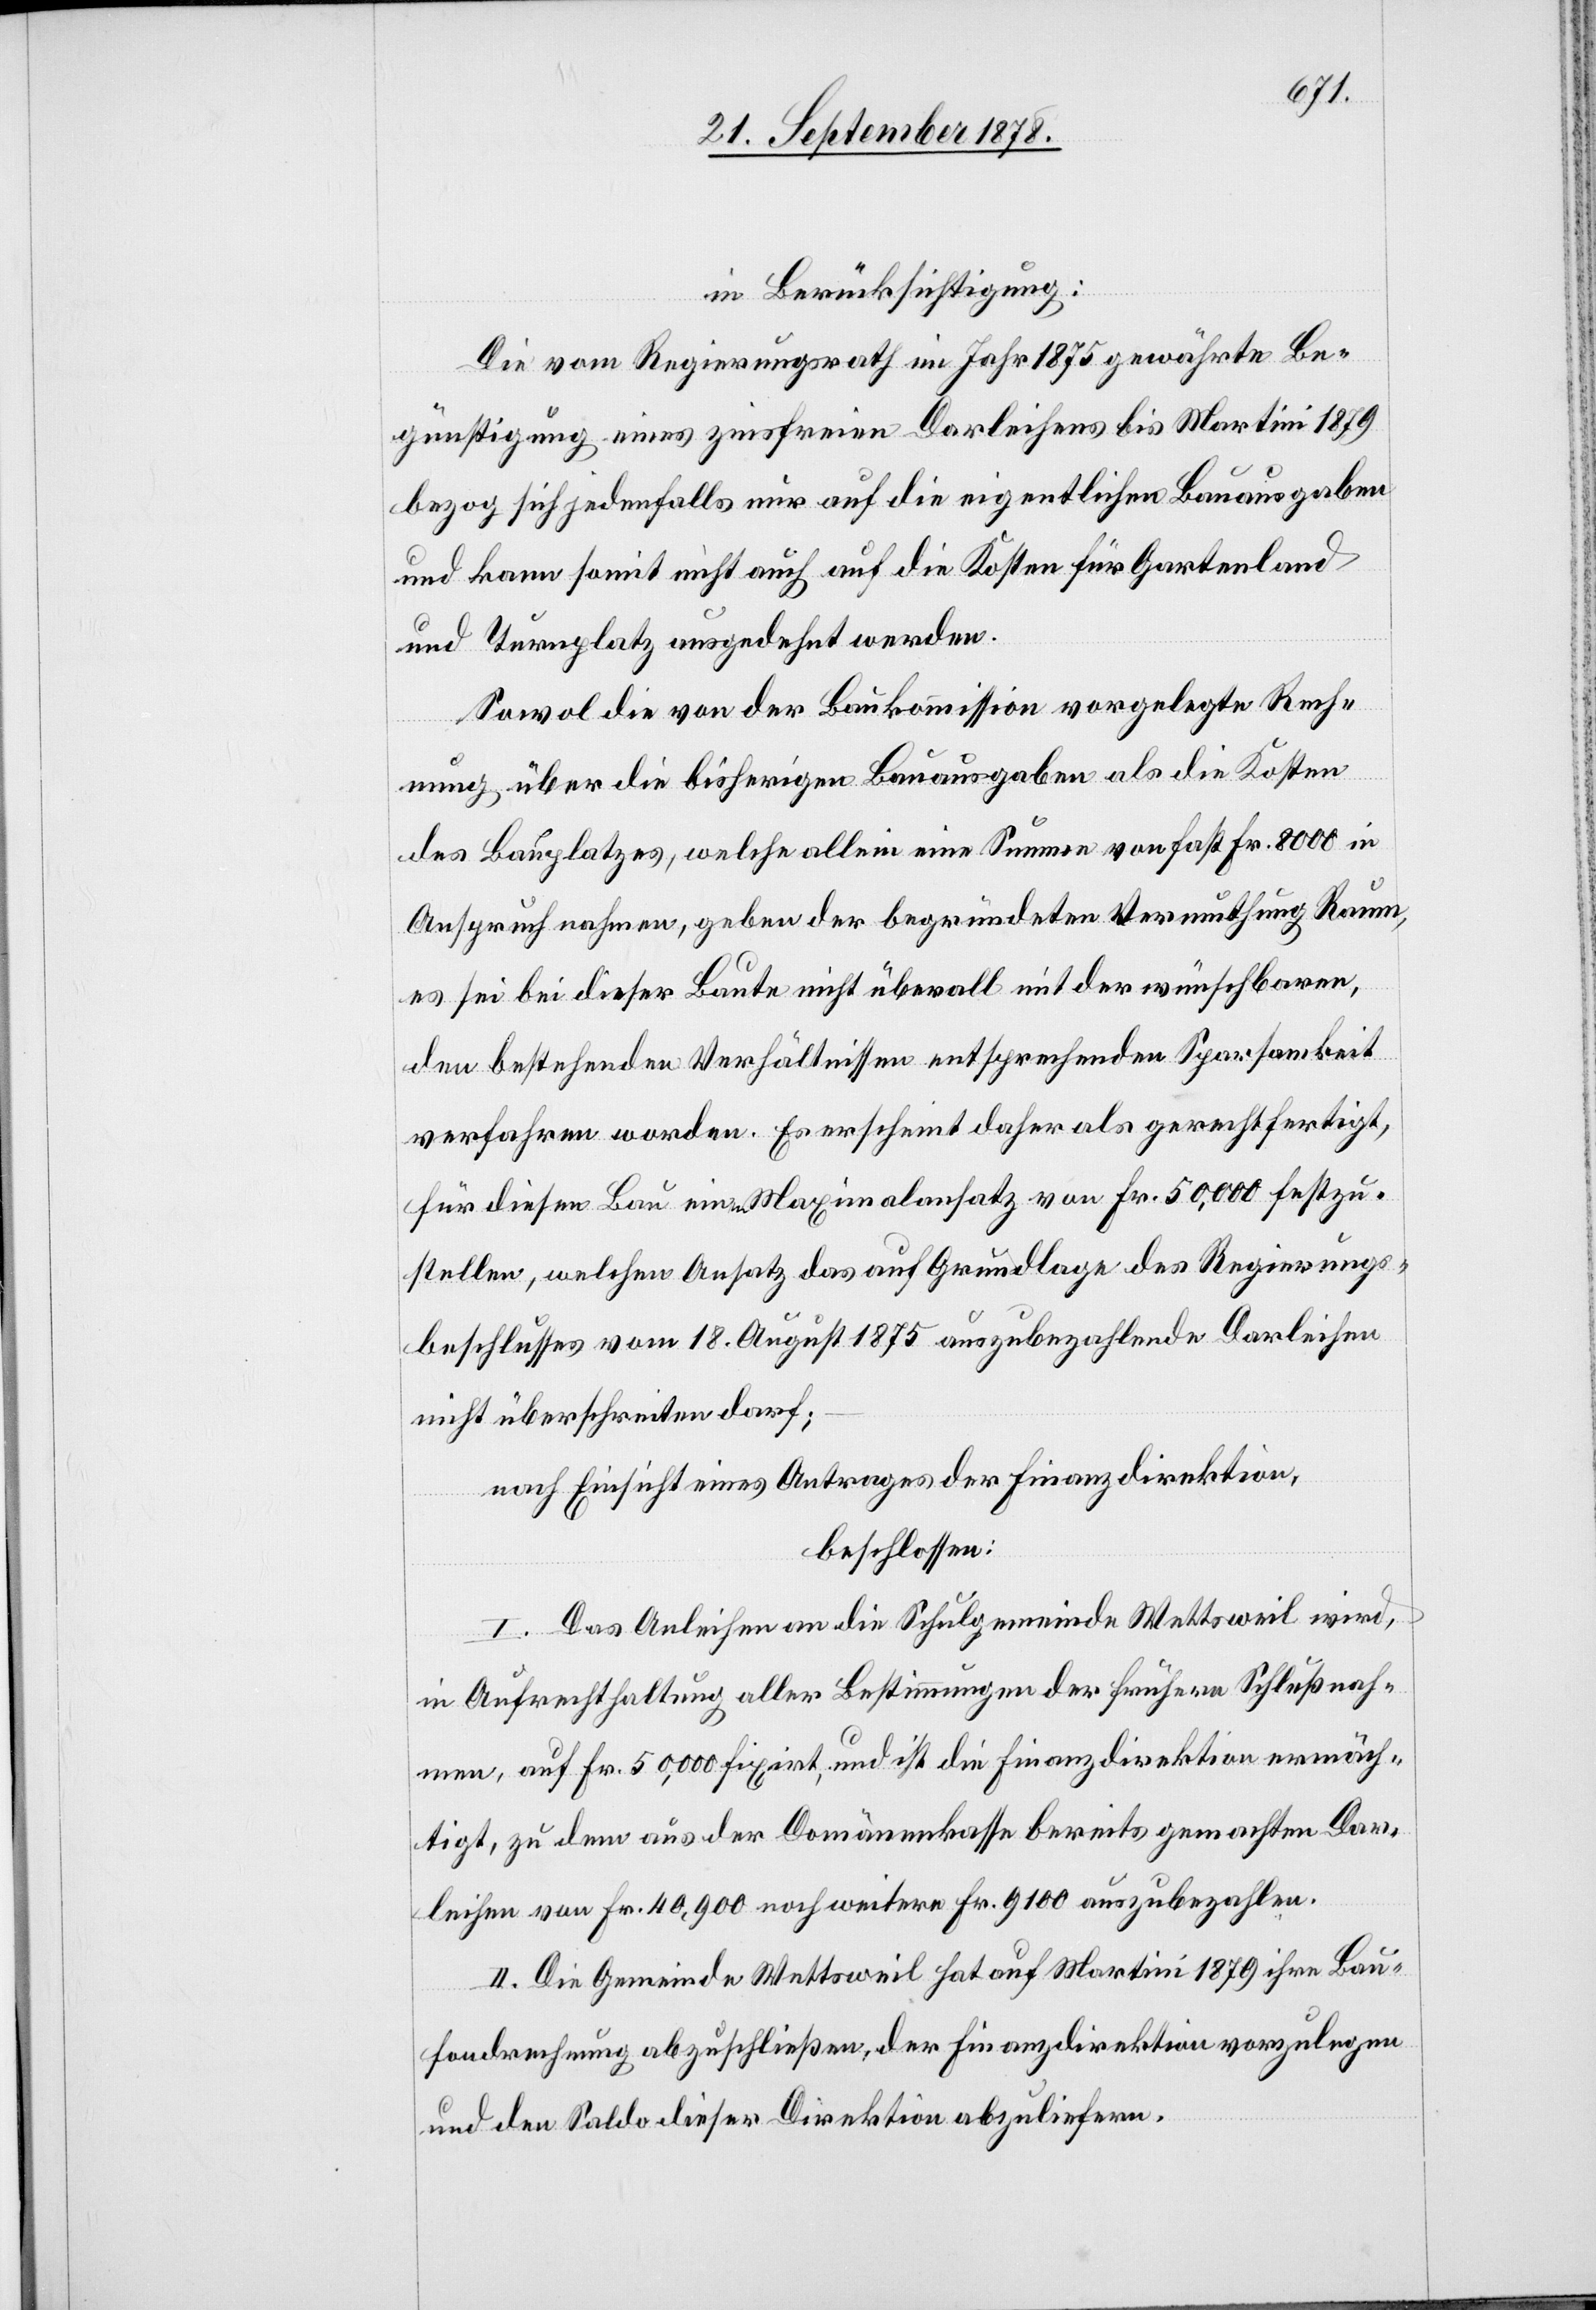
in Berücksichtigung:
Die vom Regierungsrath im Jahr 1875 gewährte Be¬
günstigung eines zinsfreien Darleihens bis Martini 1879
bezog sich jedenfalls nur auf die eigentlichen Bauausgaben
und kann somit nicht auch auf die Kosten für Gartenland
und Turnplatz ausgedehnt werden.
Sowol von der Baukommission vorgelegte Rech¬
nung über die bisherigen Bauausgaben als die Kosten
des Bauplatzes, welche allein eine Summe von fast Fr. 8000 in
Anspruch nahmen, geben der begründeten Vermuthung Raum,
es sei bei dieser Baute nicht überall mit der wünschbaren,
den bestehenden Verhältnissen entsprechenden Sparsamkeit
verfahren worden. Es erscheint daher als gerechtfertigt,
für diesen Bau einen Maximalansatz von Fr. 50,000 festzu¬
stellen, welchen Ansatz das auf Grundlage des Regierungs¬
beschlusses vom 18. August 1875 auszubezahlende Darleihen
nicht überschreiten darf;
nach Einsicht eines Antrages der Finanzdirektion,
beschlossen:
I. Das Anleihen an die Schulgemeinde Wettsweil wird,
in Aufrechthaltung aller Bestimmungen der frühern Schlußnah¬
men, auf Fr. 50,000 fixirt, und ist die Finanzdirektion ermäch¬
tigt, zu dem aus der Domänenkasse bereits gemachten Dar¬
leihen von Fr. 40,900 noch weitere Fr. 9100 auszubezahlen.
II. Die Gemeinde Wettsweil hat auf Martini 1879 ihre Bau¬
fondrechnung abzuschließen, der Finanzdirektion vorzulegen
und den Saldo dieser Direktion abzuliefern.